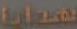
هدايا